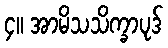
၄။ အာမိသသိက္ခာပုဒ်